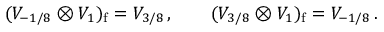
( { \cal V } _ { - 1 / 8 } \otimes { \cal V } _ { 1 } ) _ { \mathrm { f } } = { \cal V } _ { 3 / 8 } \, , \qquad ( { \cal V } _ { 3 / 8 } \otimes { \cal V } _ { 1 } ) _ { \mathrm { f } } = { \cal V } _ { - 1 / 8 } \, .